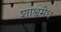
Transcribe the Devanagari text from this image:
शाश्वमेध